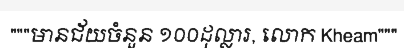
"""មានជ័យចំនួន ១០០ដុល្លារ, លោក Kheam"""